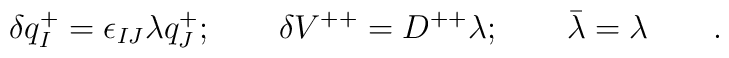
\delta q_I^+=\epsilon_{IJ}\lambda q_J^+;\qquad\delta V^{++}=D^{++}\lambda ;\qquad \bar{\lambda}=\lambda\qquad.